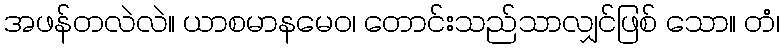
အဖန်တလဲလဲ။ ယာစမာနမေဝ၊ တောင်းသည်သာလျှင်ဖြစ် သော။ တံ၊